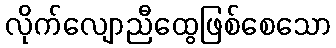
လိုက်လျောညီထွေဖြစ်စေသော